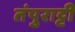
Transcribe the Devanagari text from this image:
तंपुराट्टी